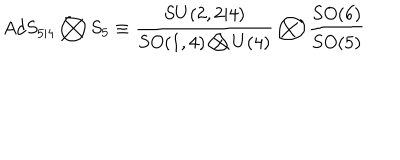
A d S _ { 5 | 4 } \bigotimes S _ { 5 } \equiv \frac { S U ( 2 , 2 | 4 ) } { S O ( 1 , 4 ) \bigotimes U ( 4 ) } \bigotimes \frac { S O ( 6 ) } { S O ( 5 ) }